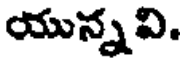
యున్నవి.